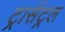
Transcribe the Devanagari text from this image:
ट्रासेंट्रल